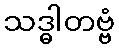
သဒ္ဓါတဗ္ဗံ